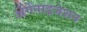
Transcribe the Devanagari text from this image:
ॲर्गेनाइजेशन